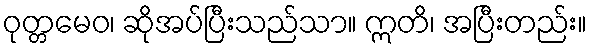
ဝုတ္တမေဝ၊ ဆိုအပ်ပြီးသည်သာ။ ဣတိ၊ အပြီးတည်း။